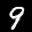
Label: 9